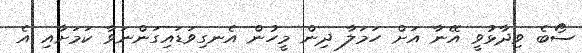
ސޯބެ ވިދާޅުވީ އޭނާ އަށް ހަމަލާ ދިން މީހުން އެނގިވަޑައިގަންނަވާ ކަމަށާއި އެ